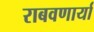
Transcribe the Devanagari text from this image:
राबवणार्या